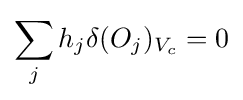
\sum _{j}h_{j}\delta (O_{j})_{V_{c}}=0\,\!